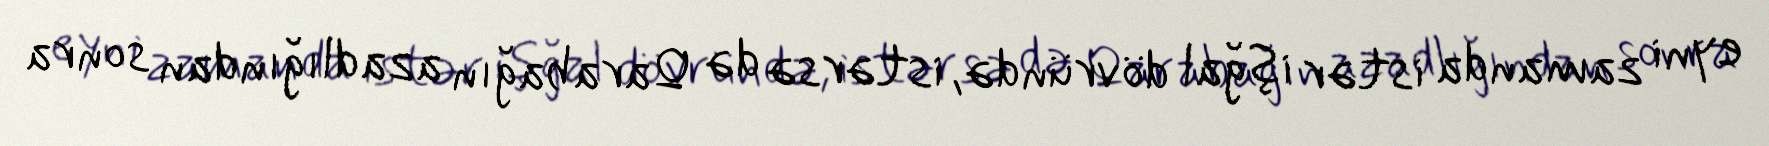
eyni zamanda istər işğal dövründə, istərsə də Qarabağın azadlığından sonra